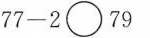
$$7 7 - 2 \circ 7 9$$